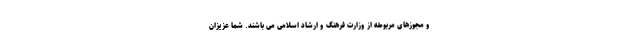
و مجوزهای مربوطه از وزارت فرهنگ و ارشاد اسلامی می باشند. شما عزیزان